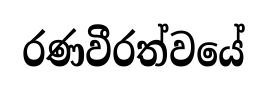
රණවීරත්වයේ